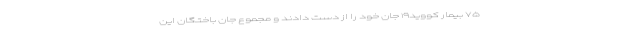
۷۵ بیمار کووید۱۹ جان خود را از دست دادند و مجموع جان باختگان این